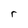
Character: r